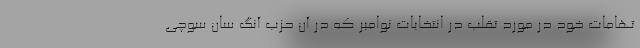
تهامات خود در مورد تقلب در انتخابات نوامبر که در آن حزب آنگ سان سوچی